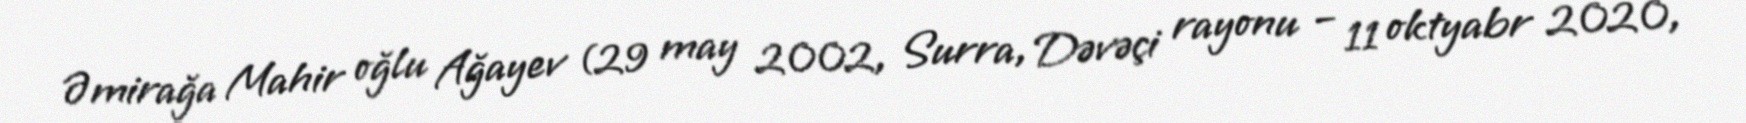
Əmirağa Mahir oğlu Ağayev (29 may 2002, Surra, Dəvəçi rayonu – 11 oktyabr 2020,